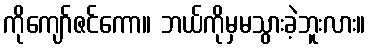
ကိုကျော်ဇင်ကော။ ဘယ်ကိုမှမသွားခဲ့ဘူးလား။